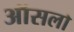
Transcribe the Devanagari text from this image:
ऑसलो